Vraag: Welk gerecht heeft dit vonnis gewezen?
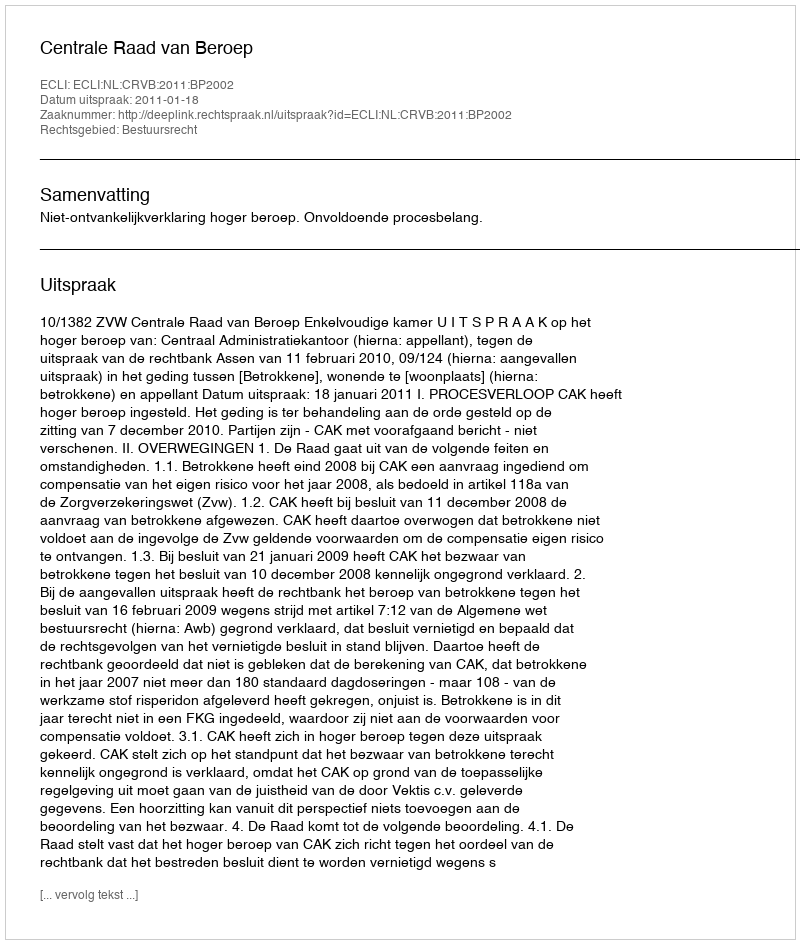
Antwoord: Centrale Raad van Beroep